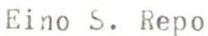
Eino S. Repo